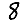
Digit: 8